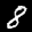
Label: 8